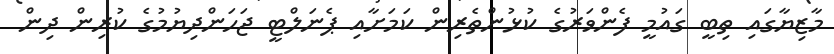
މާޒިޔާގައި ތިބީ ގައުމީ ފެންވަރުގެ ކުޅުންތެރިން ކަމަށާއި ޕެނަލްޓީ ޖަހަންދިޔުމުގެ ކުރިން ދިން